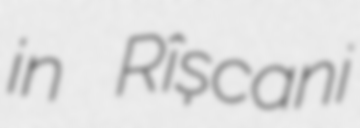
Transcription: in Rîșcani